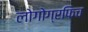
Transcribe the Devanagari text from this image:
लोगोग्रफिच